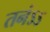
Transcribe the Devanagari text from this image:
तनंऽऽ